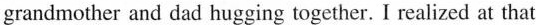
grandmother and dad hucging together. I realized at that